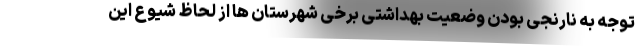
توجه به نارنجی بودن وضعیت بهداشتی برخی شهرستان ها از لحاظ شیوع این